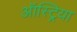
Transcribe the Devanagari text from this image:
ऑस्‍ट्रिया